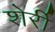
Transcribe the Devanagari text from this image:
शेर्री